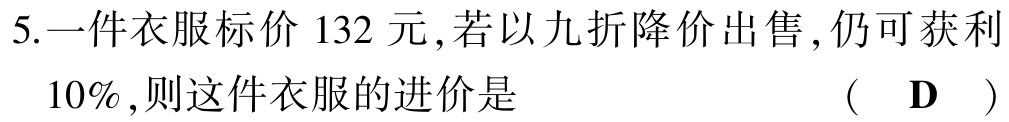
5.一件衣服标价 \(132\) 元，若以九折降价出售，仍可获利 \(10\%\)，则这件衣服的进价是  （  D  ）